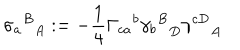
{ { \sigma _ { a } } ^ { B } } _ { A } : = - \frac { 1 } { 4 } { \Gamma _ { c a } } ^ { b } { { \gamma _ { b } } ^ { B } } _ { D } { \gamma ^ { c D } } _ { A }